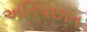
અતિપછાત